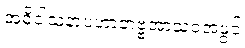
အဓိဝါသနာပဟာတဗ္ဗအာသဝအဖွင့်